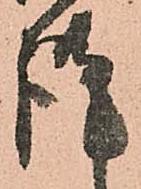
謹